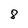
Character: 8